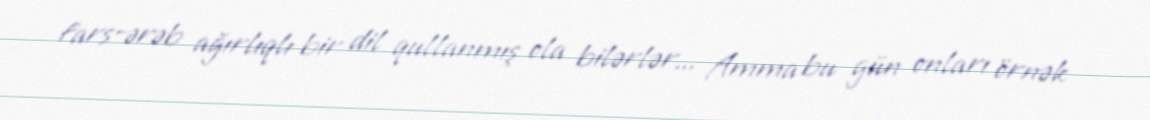
fars-ərəb ağırlıqlı bir dil qullanmış ola bilərlər... Amma bu gün onları örnək